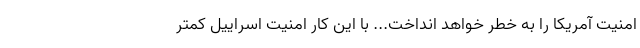
امنیت آمریکا را به خطر خواهد انداخت... با این کار امنیت اسراییل کمتر